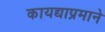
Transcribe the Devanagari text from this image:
कायद्याप्रमाने